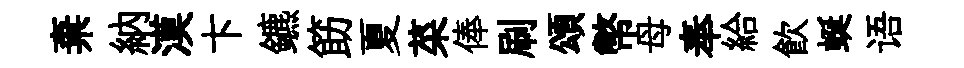
棄納漠卞鑣筯夏菜俸刷頌幣母奉給飲蜒语